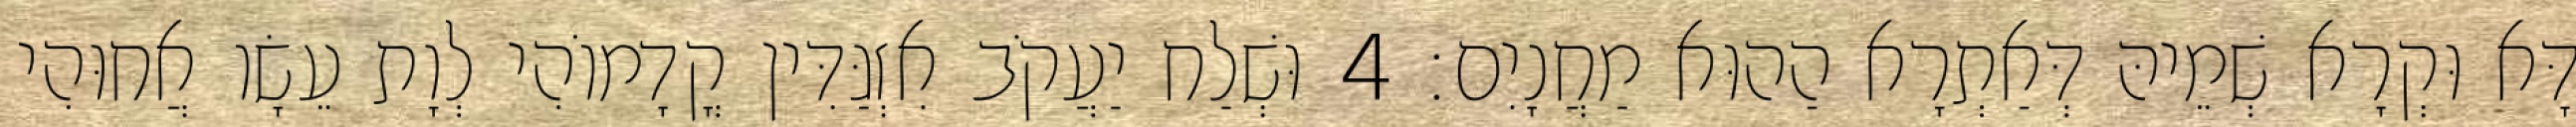
דָּא וּקְרָא שְׁמֵיהּ דְּאַתְרָא הַהוּא מַחֲנָיִם׃ 4 וּשְׁלַח יַעֲקֹב אִזְגַּדִּין קֳדָמוֹהִי לְוָת עֵשָׂו אֲחוּהִי